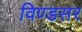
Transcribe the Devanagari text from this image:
विण्डसर